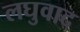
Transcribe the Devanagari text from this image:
लघुवाद